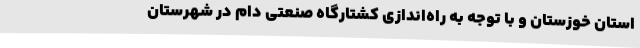
استان خوزستان و با توجه به راه‌اندازی کشتارگاه صنعتی دام در شهرستان